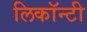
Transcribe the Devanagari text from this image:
लिकॉन्टी